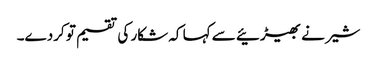
شیر نے بھیڑئیے سے کہا کہ شکار کی تقسیم تو کردے۔